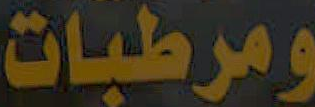
ومرطبات